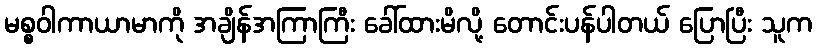
မစ္စဝါကာယာမာကို အချိန်အကြာကြီး ခေါ်ထားမိလို့ တောင်းပန်ပါတယ် ပြောပြီး သူက